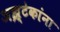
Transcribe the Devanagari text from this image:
अझ्टेकांना